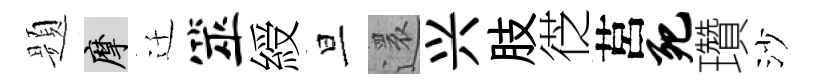
题摩迁筮綬旦還兴肢徔莒死瓚沙